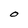
Character: O